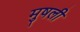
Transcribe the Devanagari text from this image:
मुषली